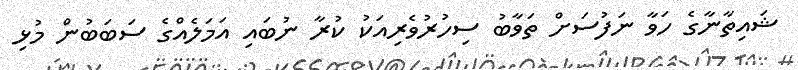
ޝައިތާނާގެ ހަވާ ނަފުސަށް ތަވާބު ސިހުރުވެރިއަކު ކުރާ ނުބައި އަމަލެއްގެ ސަބަބުން މުޅި